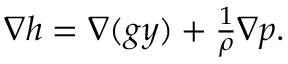
\begin{array} { r } { \nabla h = \nabla ( g y ) + \frac { 1 } { \rho } \nabla p . } \end{array}